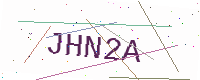
Text: JHN2A